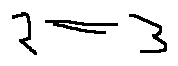
2 = 3